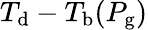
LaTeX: T_{\mathrm{d}}-T_{\mathrm{b}}(P_{\mathrm{g}})